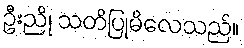
ဦးညို သတိပြုမိလေသည်။